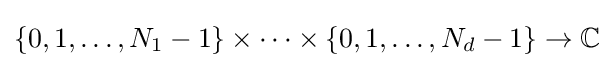
\{0,1,\ldots ,N_{1}-1\}\times \cdots \times \{0,1,\ldots ,N_{d}-1\}\to \mathbb {C}